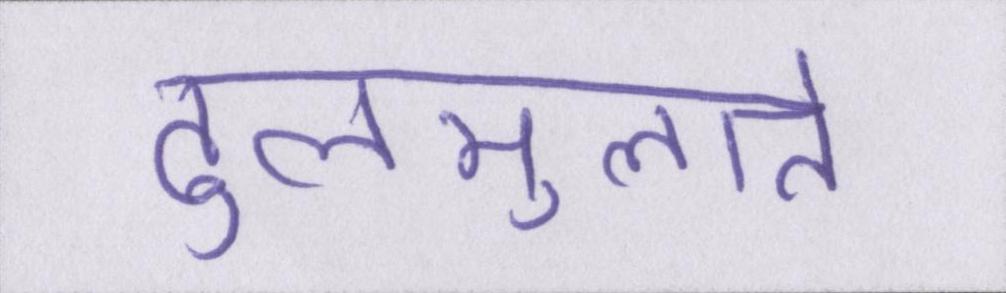
ढुलमुलाते